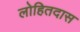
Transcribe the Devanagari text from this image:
लोहितदास